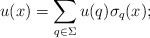
\begin{align*}u(x)=\sum_{q\in \Sigma }u(q)\sigma _{q}(x); \end{align*}